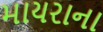
માયરાના